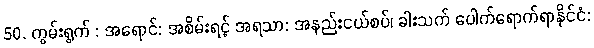
50. ကွမ်းရွက် : အရောင်: အစိမ်းရင့် အရသာ: အနည်းငယ်စပ်၊ ခါးသက် ပေါက်ရောက်ရာနိုင်ငံ: